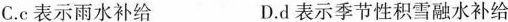
C.c表示雨水补给 D.d表示季节性积雪融水补给